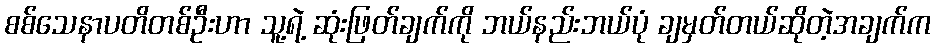
စစ်သေနာပတိတစ်ဦးဟာ သူ့ရဲ့ ဆုံးဖြတ်ချက်ကို ဘယ်နည်းဘယ်ပုံ ချမှတ်တယ်ဆိုတဲ့အချက်က